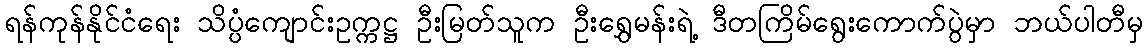
ရန်ကုန်နိုင်ငံရေး သိပ္ပံကျောင်းဥက္ကဋ္ဌ ဦးမြတ်သူက ဦးရွှေမန်းရဲ့ ဒီတကြိမ်ရွေးကောက်ပွဲမှာ ဘယ်ပါတီမှ